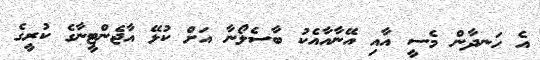
އެ ހަނދާން މެސީ އާއި އޭނާއާއެކު ބާސެލޯނާ އަށް ކުޅޭ އާޖެންޓީނާގެ ކުރީގެ